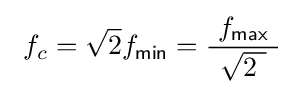
\ f_{c}={\sqrt {2}}f_{\mathsf {min}}={\frac {\ f_{\mathsf {max}}\ }{\ {\sqrt {2\ }}\ }}\